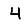
Digit: 4